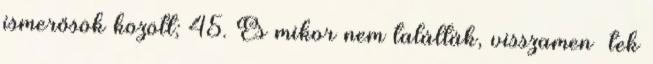
ismerősök között; 45. És mikor nem találták, visszamen− tek